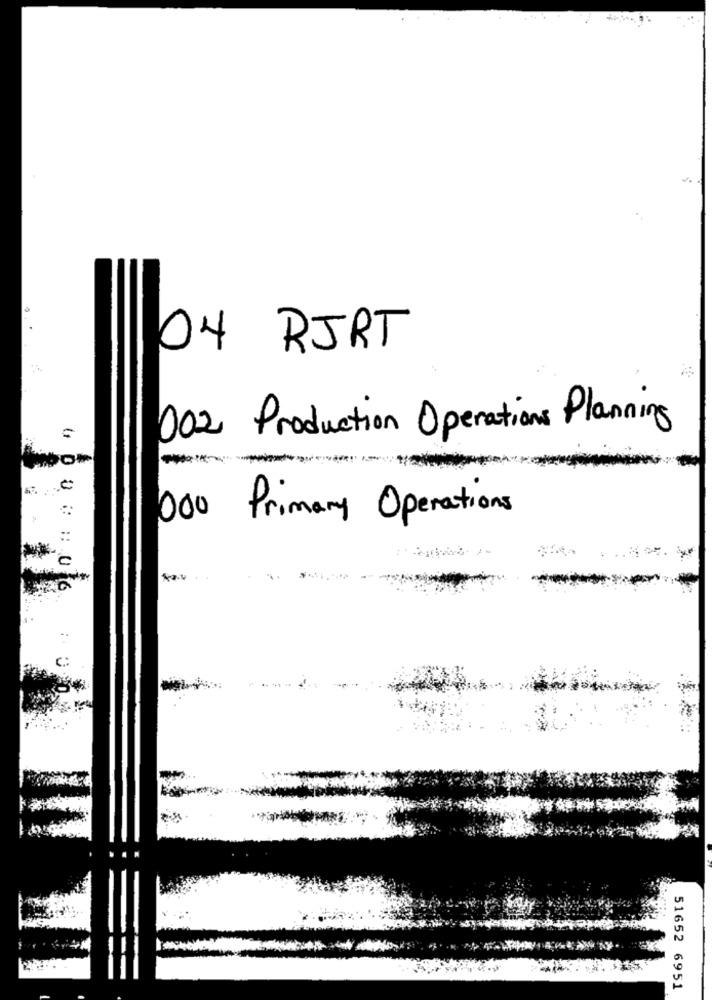
04 RJRT
002 Production Operations Planning
000 Primary Operations
51652 6951